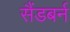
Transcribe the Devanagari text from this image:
सैंडबर्न